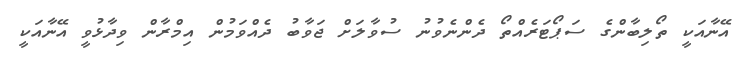
އޭނާއަކީ ތޯލިބާންގެ ސަޕޯޓަރެއްތޯ ދެންނެވުނު ސުވާލަށް ޖަވާބު ދެއްވަމުން އިމްރާން ވިދާޅުވީ އޭނާއަކީ